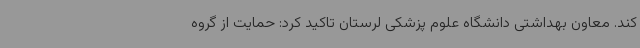
کند. معاون بهداشتی دانشگاه علوم پزشکی لرستان تاکید کرد: حمایت از گروه